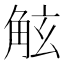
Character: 𧣙